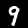
Label: 9